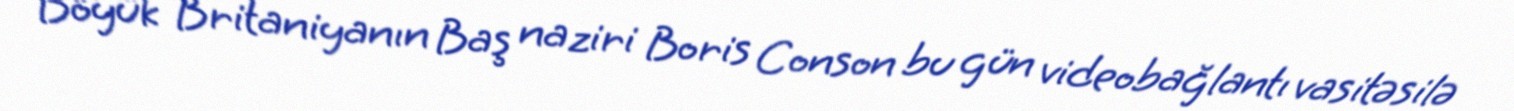
Böyük Britaniyanın Baş naziri Boris Conson bu gün videobağlantı vasitəsilə